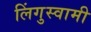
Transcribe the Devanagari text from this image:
लिंगुस्वामी